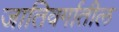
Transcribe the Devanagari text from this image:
जातिवर्गातील